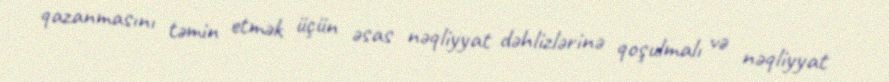
qazanmasını təmin etmək üçün əsas nəqliyyat dəhlizlərinə qoşulmalı və nəqliyyat